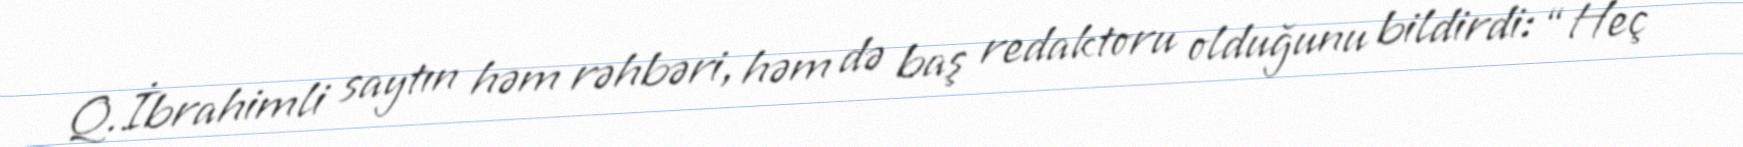
Q.İbrahimli saytın həm rəhbəri, həm də baş redaktoru olduğunu bildirdi: “Heç